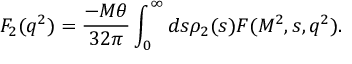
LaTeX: F _ { 2 } ( q ^ { 2 } ) = { \frac { - M \theta } { 3 2 \pi } } \int _ { 0 } ^ { \infty } d s \rho _ { 2 } ( s ) F ( M ^ { 2 } , s , q ^ { 2 } ) .